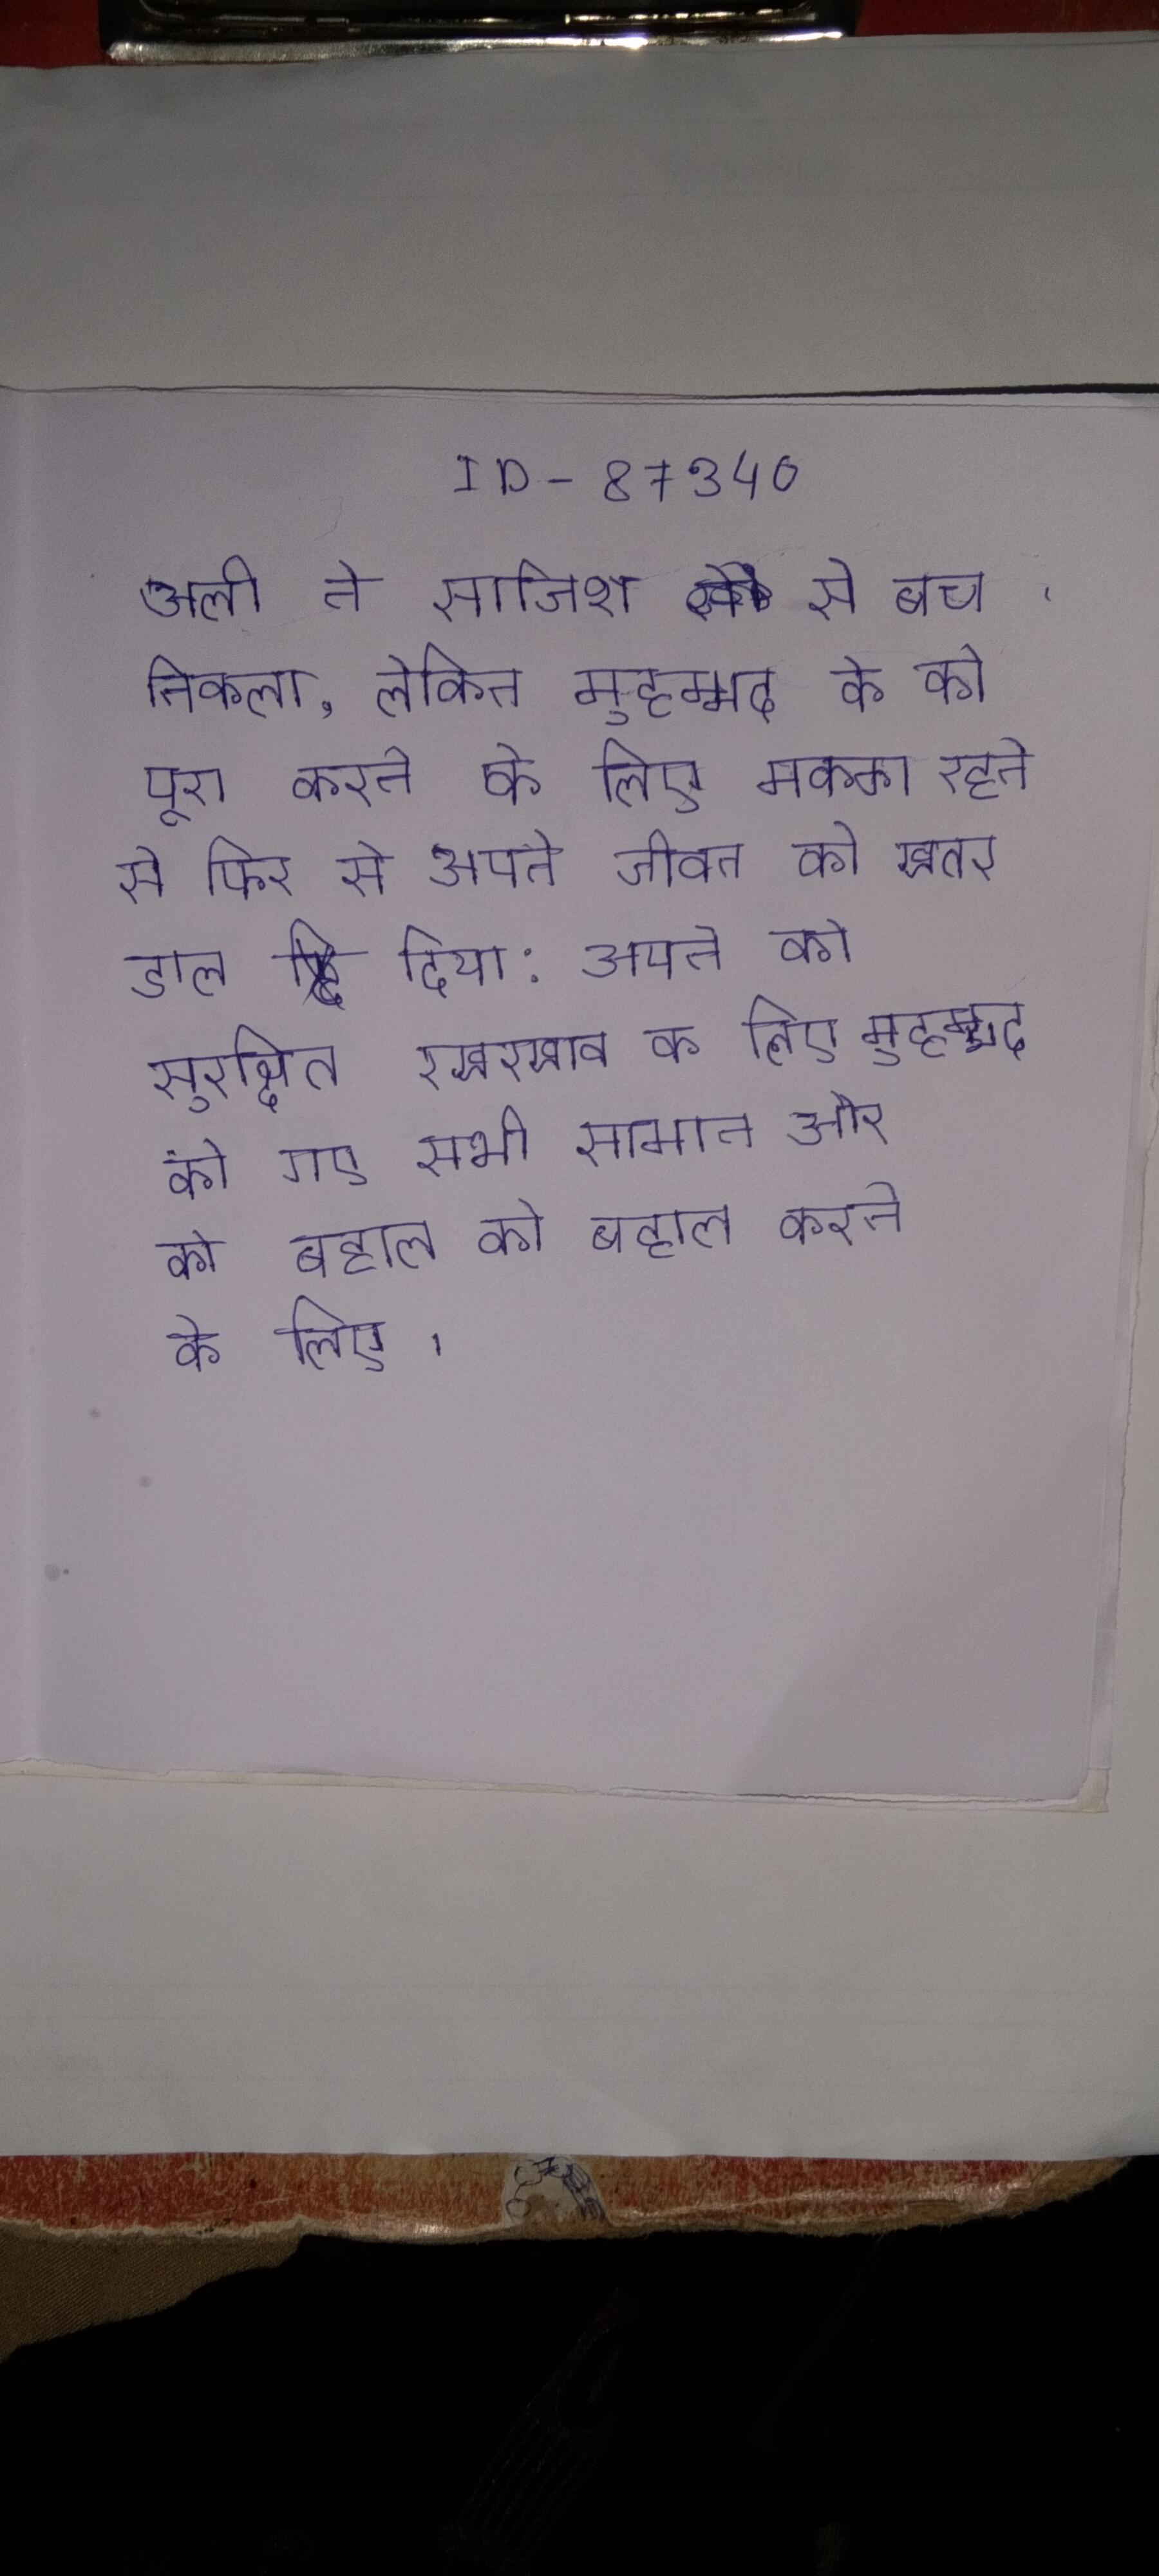
अली ने साजिश से बच निकला, लेकिन मुहम्मद के को पूरा करने के लिए मक्का रहने से फिर से अपने जीवन को खतरे डाल दिया: अपने को सुरक्षित रखरखाव के लिए मुहम्मद को गए सभी सामान और को बहाल करने के लिए ।